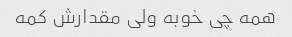
همه چی خوبه ولی مقدارش کمه